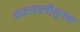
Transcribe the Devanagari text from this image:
वाटचालीतूनच